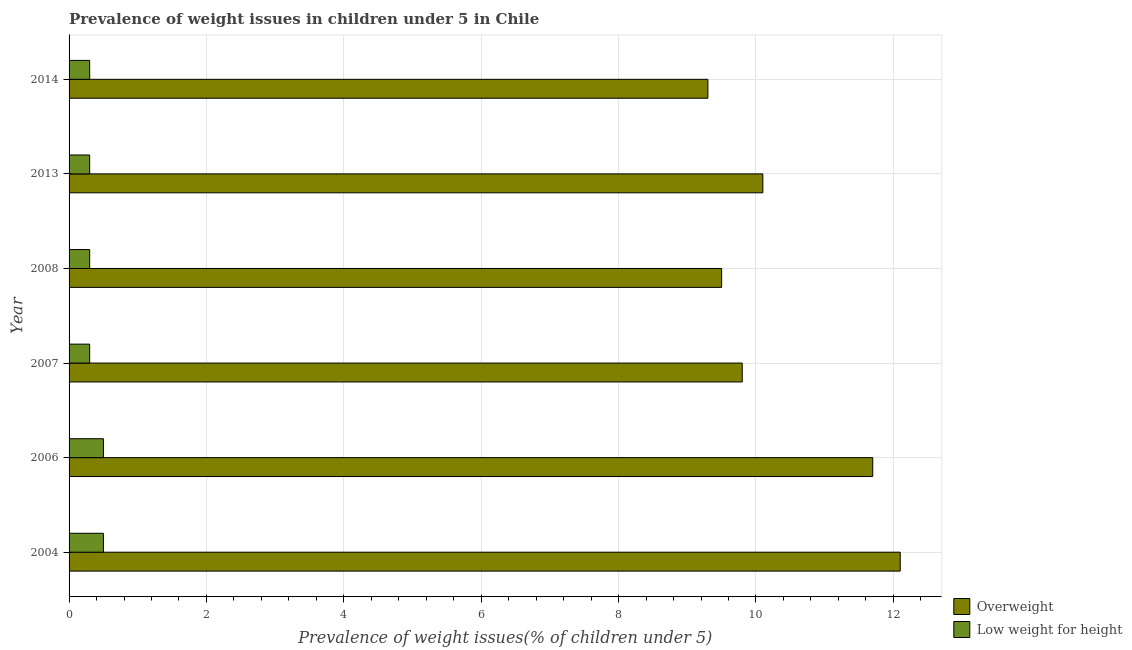
| Year | Overweight | Low weight for height |
 | --- | --- | --- |
 | 2004 | 12.1 | 0.5 |
 | 2006 | 11.7 | 0.5 |
 | 2007 | 9.8 | 0.3 |
 | 2008 | 9.5 | 0.3 |
 | 2013 | 10.1 | 0.3 |
 | 2014 | 9.3 | 0.3 |